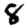
Digit: 8